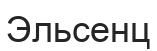
Эльсенц